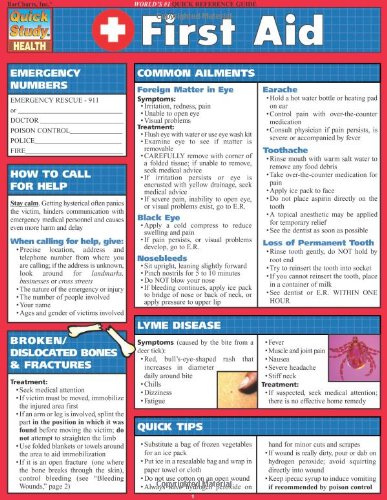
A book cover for First Aid (Quickstudy: Health); Inc. BarCharts; Health, Fitness & Dieting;